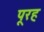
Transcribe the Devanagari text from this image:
पूरह